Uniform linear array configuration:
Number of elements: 64
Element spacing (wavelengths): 0.25
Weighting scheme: blackman
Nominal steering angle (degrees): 45
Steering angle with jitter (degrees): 43.307
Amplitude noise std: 0.05
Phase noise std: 0.05

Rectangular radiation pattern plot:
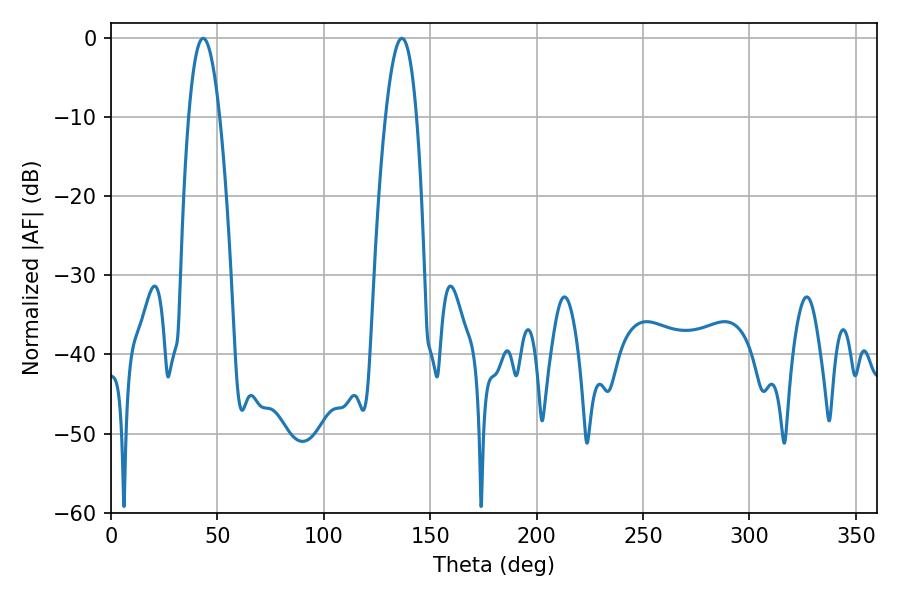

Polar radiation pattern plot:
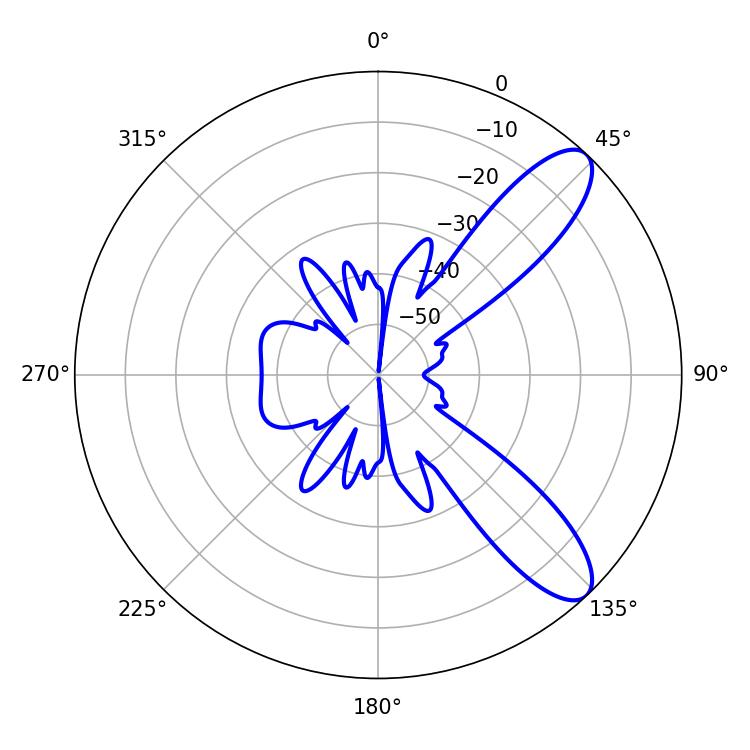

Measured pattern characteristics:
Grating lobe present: FALSE
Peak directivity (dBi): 9.844
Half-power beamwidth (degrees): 8.1
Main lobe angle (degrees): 43.38